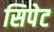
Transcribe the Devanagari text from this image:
सिपेट